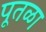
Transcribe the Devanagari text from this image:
पूतळा